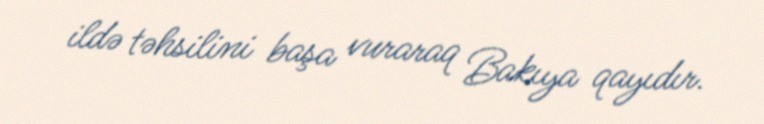
ildə təhsilini başa vuraraq Bakıya qayıdır.